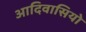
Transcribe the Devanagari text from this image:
आदिवासियो